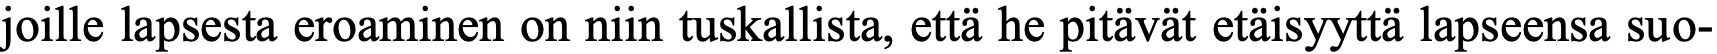
joille lapsesta eroaminen on niin tuskallista, että he pitävät etäisyyttä lapseensa suo-